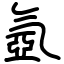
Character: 氬